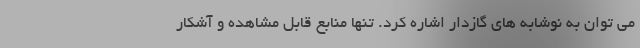
می توان به نوشابه های گازدار اشاره کرد. تنها منابع قابل مشاهده و آشکار